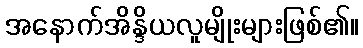
အနောက်အိန္ဒိယလူမျိုးများဖြစ်၏။